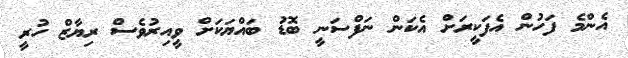
އެންމެ ފަހުން އެފަކީރަށް އެކަން ނަފްސަނީ ބޮޑު ބައްޔަކަށް ވީއިރުވެސް ރިޔާޒް ހުރީ